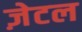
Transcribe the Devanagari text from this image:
ज़ेटल